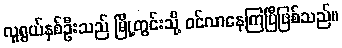
လူရွယ်နှစ်ဦးသည် မြို့တွင်းသို့ ဝင်လာနေကြပြီဖြစ်သည်။